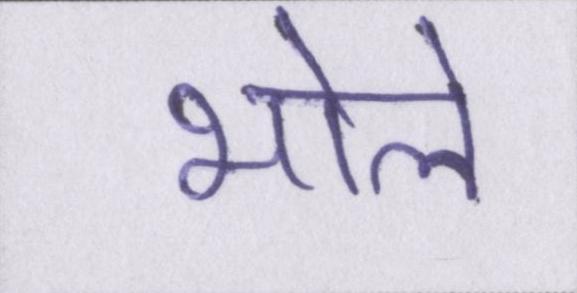
भोले